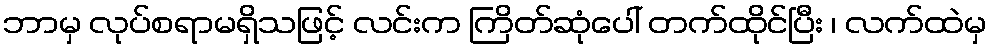
ဘာမှ လုပ်စရာမရှိသဖြင့် လင်းက ကြိတ်ဆုံပေါ် တက်ထိုင်ပြီး ၊ လက်ထဲမှ